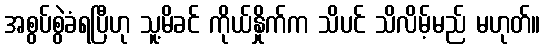
အစွပ်စွဲခံရပြီဟု သူ့မိခင် ကိုယ်နှိုက်က သိပင် သိလိမ့်မည် မဟုတ်။